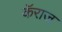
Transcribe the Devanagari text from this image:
कॅराज